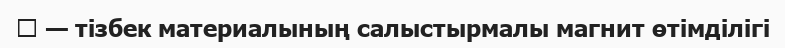
 — тізбек материалының салыстырмалы магнит өтімділігі